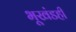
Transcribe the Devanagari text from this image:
भूखंडही